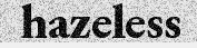
hazeless